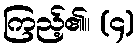
ကြည့်၏။ (၄)